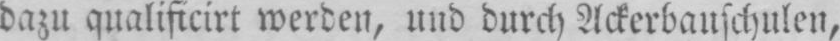
dazu qualifizirt werden, und durch Ackerbauschulen,